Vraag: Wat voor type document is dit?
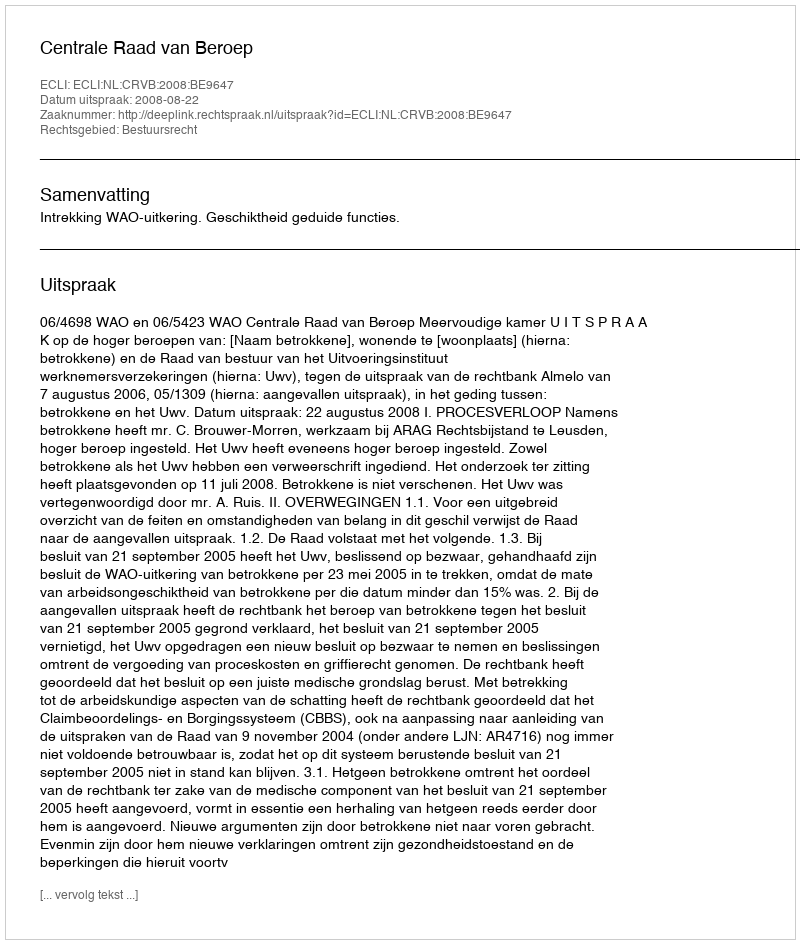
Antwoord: Uitspraak